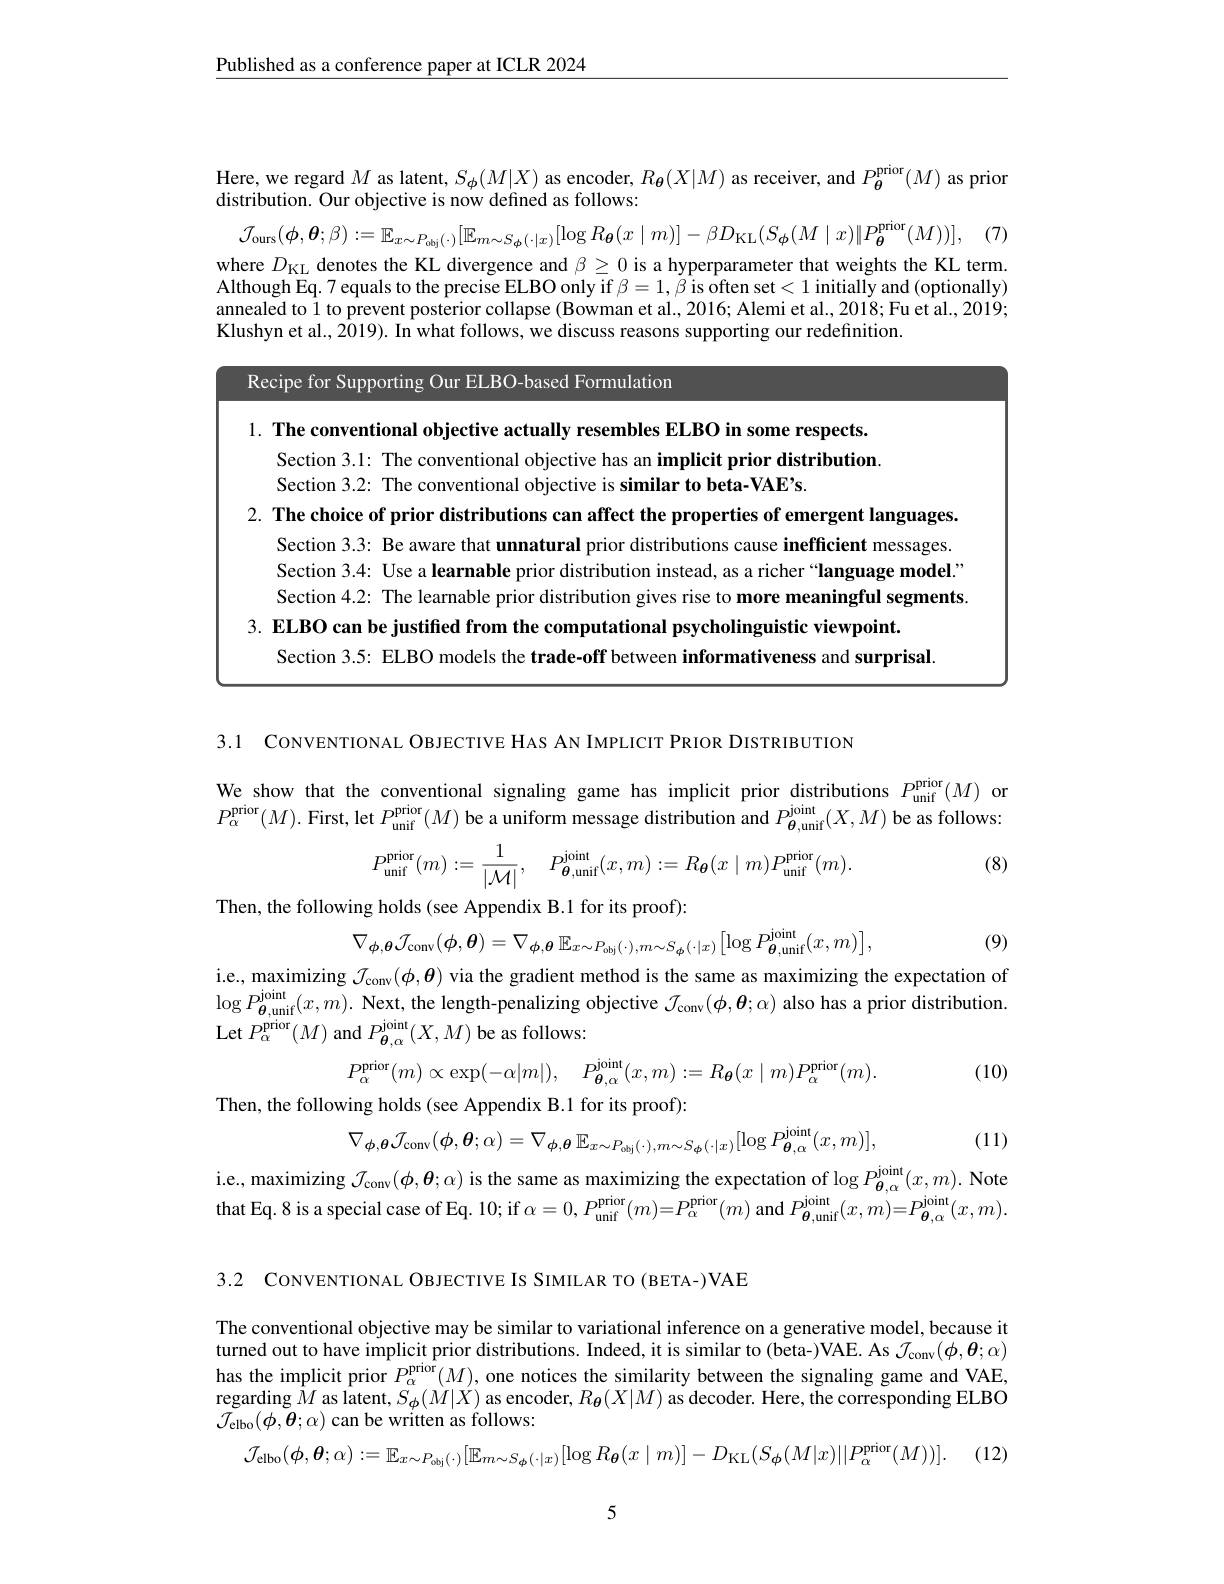
$\underline{\text{Published as a conference paper at ICLR 2024}}$

$\mathcal{J} _{\mathrm{ours}}( \boldsymbol{\phi }, \boldsymbol{\theta }; \beta ) : = \mathbb{E} _{x\sim P_{\mathrm{obj}}( \cdot ) }[ \mathbb{E} _{m\sim S_{\boldsymbol{\phi }}( \cdot | x) }[ \log R_{\boldsymbol{\theta }}( x\mid m) ] - \beta D_{\mathrm{KL}}( S_{\boldsymbol{\phi }}( M\mid x) \| P_{\boldsymbol{\theta }}^{\mathrm{prior}}( M) ) ] $, (7)

Here, we regard $M$ as latent, $S_\phi(M|X)$ as encoder, $R_{\boldsymbol{\theta}}(X|M)$ as receiver, and $P_{\boldsymbol{\theta}}^\mathrm{prior}(M)$ as prior
distribution. Our objective is now defined as follows:
where $D_\mathrm{KL}$ denotes the KL divergence and $\beta\geq0$ is a hyperparameter that weights the KL term. Although Eq. 7 equals to the precise ELBO only if $\beta=1,\beta$ is often set< 1 initially and (optionally) annealed to 1 to prevent posterior collapse (Bowman et al., 2016; Alemi et al., 2018; Fu et al., 2019; Klushyn et al., 2019). In what follows, we discuss reasons supporting our redefinition
Recipe for Supporting Our ELBO-based Formulation

1. The conventional objective actually resembles ELBO in some respects.

Section 3.1: The conventional objective has an implicit prior distribution.
Section 3.2: The conventional objective is similar to beta-VAE's.
2. The choice of prior distributions can affect the properties of emergent languages.
Section 3.3: Be aware that unnatural prior distributions cause inefficient messages. Section 3.4: Use a learnable prior distribution instead, as a richer“language model” Section 4.2: The learnable prior distribution gives rise to more meaningful segments
3. ELBO can be justified from the computational psycholinguistic viewpoint
Section 3.5: ELBO models the trade-off between informativeness and surprisal

3.1 CONVENTIONAL OBJECTIVE HAS AN IMPLICIT PRIOR DISTRIBUTION

We show that the conventional signaling game has implicit prior distributions $P_\mathrm{unif}^\mathrm{prior}(M)$ or $P_{\alpha}^{\mathrm{prior}}(M).$ First, let $P_\mathrm{unif}^\mathrm{prior}(M)$ be a uniform message distribution and $P_{\boldsymbol{\theta},\mathrm{unif}}^{\mathrm{joint}}(X,M)$ be as follows:

(8)
$$P_{\mathrm{unif}}^{\mathrm{prior}}(m):=\frac{1}{|\mathcal{M}|},\quad P_{\theta,\mathrm{unif}}^{\mathrm{joint}}(x,m):=R_{\boldsymbol{\theta}}(x\mid m)P_{\mathrm{unif}}^{\mathrm{prior}}(m).$$
Then, the following holds (see Appendix B.1 for its proof):

(9)
$$\nabla_{\boldsymbol{\phi},\boldsymbol{\theta}}\mathcal{J}_{\mathrm{conv}}(\boldsymbol{\phi},\boldsymbol{\theta})=\nabla_{\boldsymbol{\phi},\boldsymbol{\theta}}\mathbb{E}_{x\sim P_{\mathrm{obj}}(\cdot),m\sim S_{\boldsymbol{\phi}}(\cdot|x)}\big[\log P_{\boldsymbol{\theta},\mathrm{unif}}^{\mathrm{joint}}(x,m)\big],$$
i.e., maximizing $\mathcal{J}_\mathrm{conv}(\phi,\boldsymbol{\theta})$ via the gradient method is the same as maximizing the expectation of $\log P_{\boldsymbol{\theta},\mathrm{unif}}^{\mathrm{joint}}(x,m).$ Next, the length-penalizing objective $\mathcal{J}_\mathrm{conv}(\boldsymbol{\phi},\boldsymbol{\theta};\alpha)$ also has a prior distribution. Let $P_\alpha^{\mathrm{prior}}(M)$ and $P_{\boldsymbol{\theta},\alpha}^{\mathrm{joint}}(X,M)$ be as follows:

(10)
$$P_{\alpha}^{\mathrm{prior}}(m)\propto\exp(-\alpha|m|),\quad P_{\theta,\alpha}^{\mathrm{joint}}(x,m):=R_{\boldsymbol{\theta}}(x\mid m)P_{\alpha}^{\mathrm{prior}}(m).$$
Then, the following holds (see Appendix B.1 for its proof):
$$\nabla_{\boldsymbol{\phi},\boldsymbol{\theta}}\mathcal{J}_{\mathrm{conv}}(\boldsymbol{\phi},\boldsymbol{\theta};\alpha)=\nabla_{\boldsymbol{\phi},\boldsymbol{\theta}}\mathbb{E}_{x\sim P_{\mathrm{obj}}(\cdot),m\sim S_{\boldsymbol{\phi}}(\cdot|x)}[\log P_{\boldsymbol{\theta},\alpha}^{\mathrm{joint}}(x,m)]$$
(11)

i.e., maximizing $\mathcal{J}_\mathrm{conv}(\phi,\boldsymbol{\theta};\alpha)$ is the same as maximizing the expectation of $\log P_{\boldsymbol{\theta }, \alpha }^{\mathrm{jont}}( x, m) . \textbf{ Note}$ that Eq. 8 is a special case of Eq. 10; if $\alpha=0,P_{\mathrm{unif}}^{\mathrm{prior}}(m)=P_{\alpha}^{\mathrm{prior}}(m)$ and $P_{\boldsymbol{\theta},\mathrm{unif}}^{\mathrm{joint}}(x,m)=P_{\boldsymbol{\theta},\alpha}^{\mathrm{joint}}(x,m).$

3.2 CONVENTIONAL OBJECTIVE IS SIMILAR TO (BETA-)VAE

$\begin{array}{l}\text{The conventional objective may be similar to varriational inference on a generative model,because it}\\\text{turned out to have implicit prior distributions. Indeed, it is similar to (beta-)VAE. As }\mathcal{J}_{\mathrm{conv}}(\phi,\boldsymbol{\theta};\alpha)\end{array}$ has the implicit prior $P_\alpha^\mathrm{prior}(M)$, one notices the similarity between the signaling game and VAE, regarding $\hat{M}$ as latent, $S_\phi(M|X)$ as encoder, $R_{\boldsymbol{\theta}}(X|M)$ as decoder. Here, the corresponding ELBO $\mathcal{J}_{\mathrm{elbo}}(\phi,\boldsymbol{\theta};\alpha)$ can be written as follows:
$$\mathcal{J}_{\mathrm{elbo}}(\phi,\theta;\alpha):=\mathbb{E}_{x\sim P_{\mathrm{obj}}(\cdot)}[\mathbb{E}_{m\sim S_{\phi}(\cdot|x)}[\log R_{\boldsymbol{\theta}}(x\mid m)]-D_{\mathrm{KL}}(S_{\boldsymbol{\phi}}(M|x)||P_{\alpha}^{\mathrm{prior}}(M))].$$
(12,

5